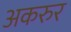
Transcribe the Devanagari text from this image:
अकरुर